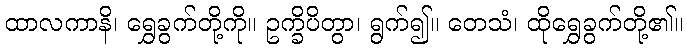
ထာလကာနိ၊ ရွှေခွက်တို့ကို။ ဥက္ခိပိတွာ၊ ရွက်၍။ တေသံ၊ ထိုရွှေခွက်တို့၏။